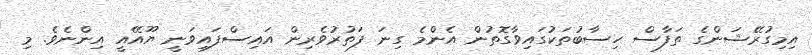
އިމިގުރޭޝަންގެ ތަފާސް ހިސާބުތަކުގައިވާގޮތުން އެންމެ ގިނަ ފަތުރުވެރިން އައިސްފައިވަނީ ޔޫއޭއީ އިންނެވެ. މި